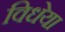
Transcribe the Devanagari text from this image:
विधेया